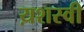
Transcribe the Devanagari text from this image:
य़शस्वी